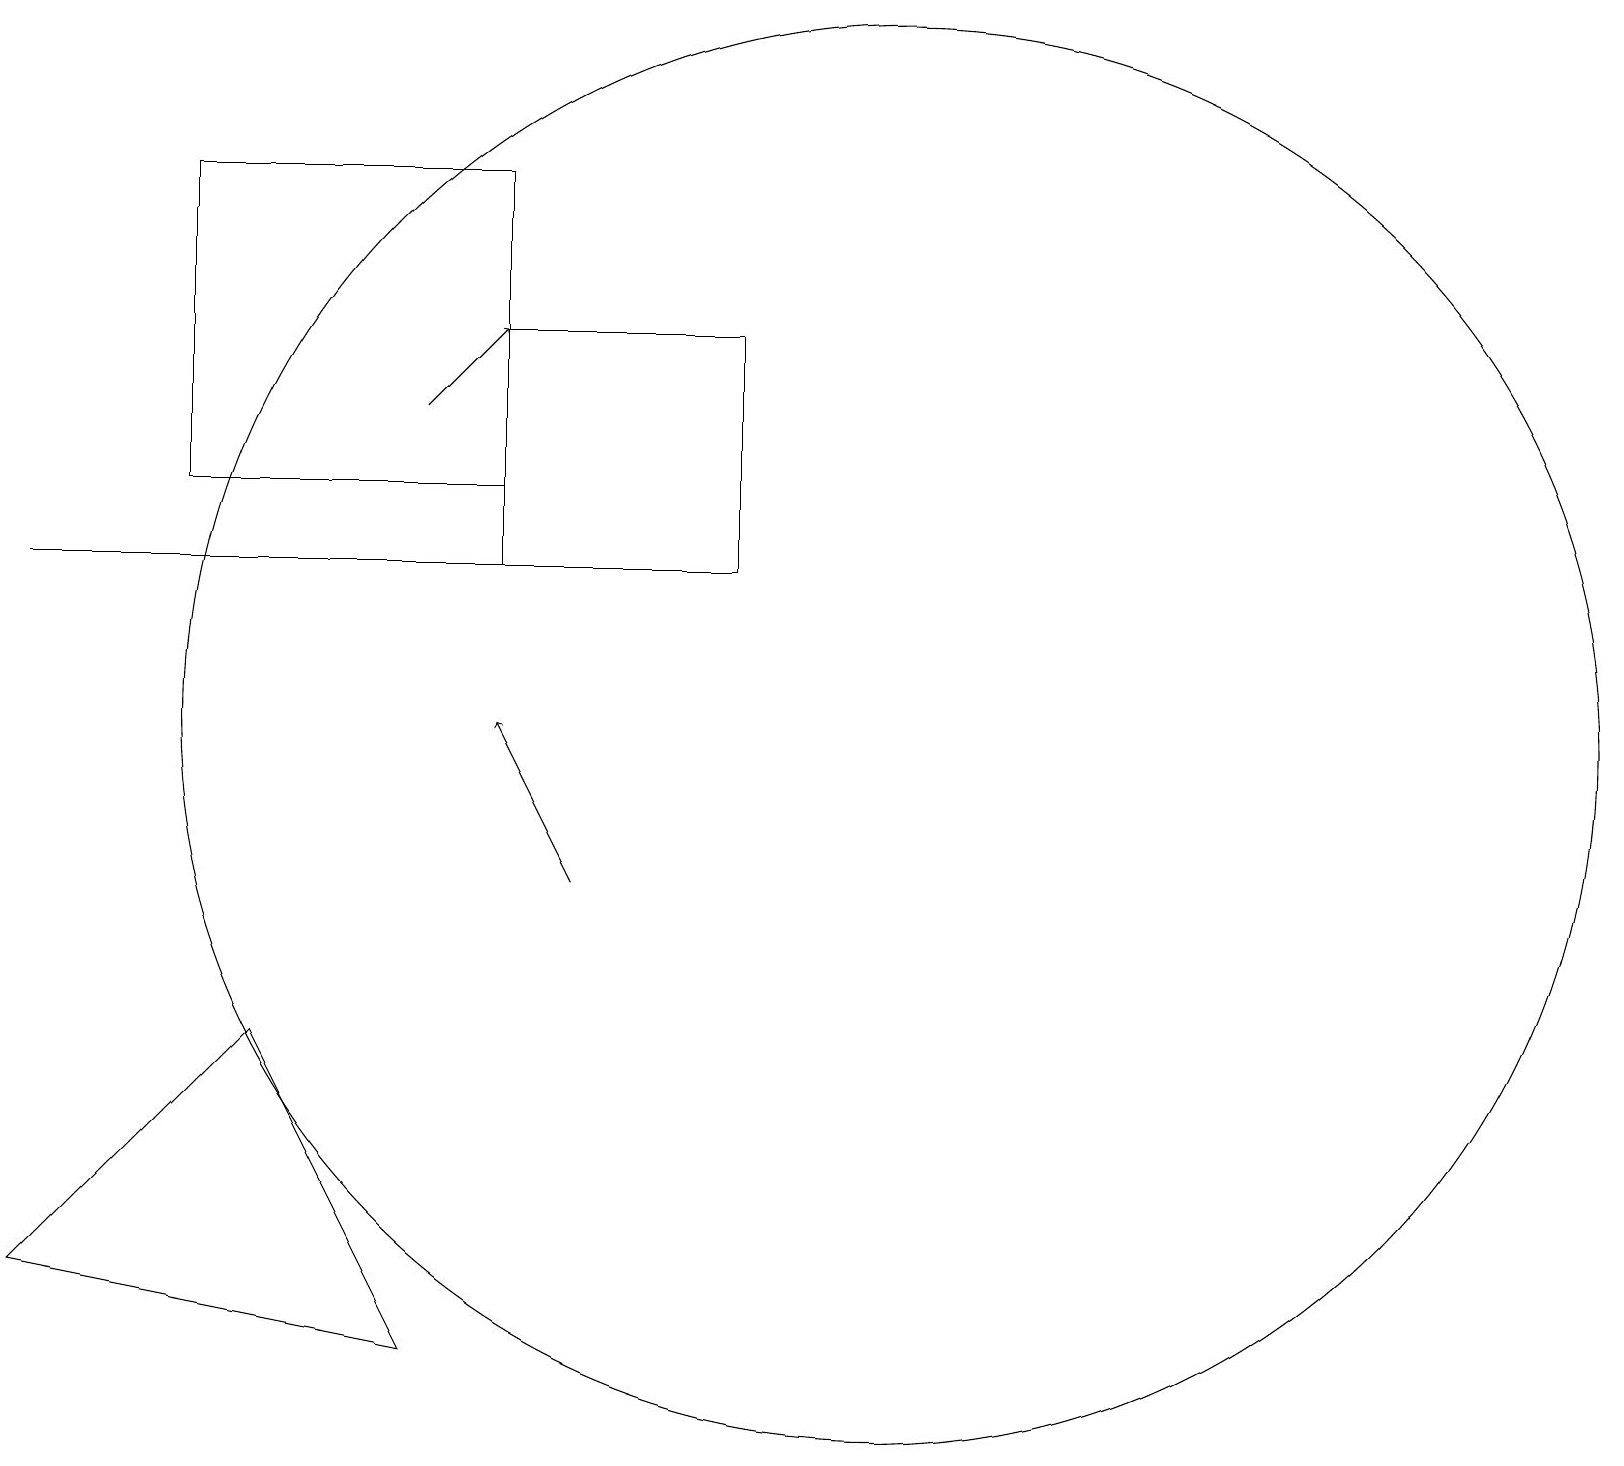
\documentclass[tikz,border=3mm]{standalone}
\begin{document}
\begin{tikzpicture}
\draw[->] (5,16) -- (6,17);
\draw (6,19) rectangle (2,15);
\draw[->] (7,10) -- (6,12);
\draw (5,4) -- (0,5) -- (3,8) -- cycle;
\draw (11,12) circle (9);
\draw (6,14) rectangle (9,17);
\draw (9,14) rectangle (0,14);
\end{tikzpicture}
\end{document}